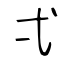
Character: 弌